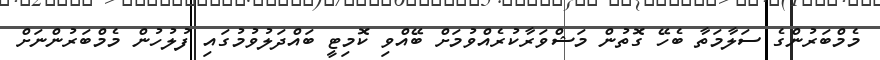
މެމްބަރުންގެ ސަލާމަތާ ބެހޭ ގޮތުން މަޝްވަރާކުރެއްވުމަށް ބޭއްވި ކޮމިޓީ ބައްދަލުވުމުގައި ފުލުހުން މެމްބަރުންނަށް